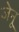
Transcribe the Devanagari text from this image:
जेनू